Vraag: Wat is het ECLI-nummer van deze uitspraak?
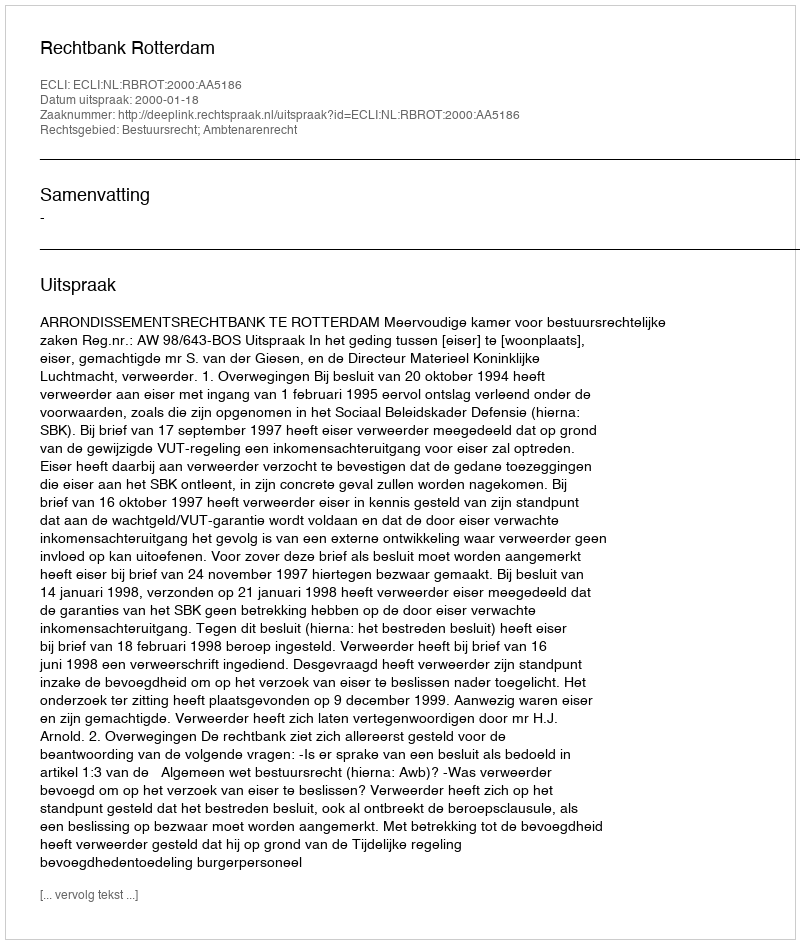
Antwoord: ECLI:NL:RBROT:2000:AA5186